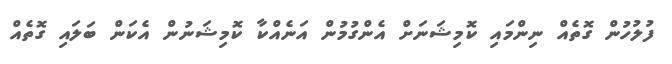
ފުލުހުން ގޮތެއް ނިންމައި ކޮމިޝަަނަށް އެންގުމުން އަނެއްކާ ކޮމިޝަނުން އެކަން ބަލައި ގޮތެއް